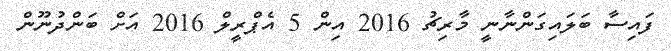
ފައިސާ ބަލައިގަންނާނީ މާރިޗު 2016 އިން 5 އެޕްރީލް 2016 އަށް ބަންދުނޫން